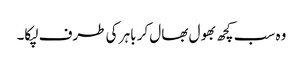
وہ سب کچھ بھول بھال کر باہر کی طرف لپکا۔